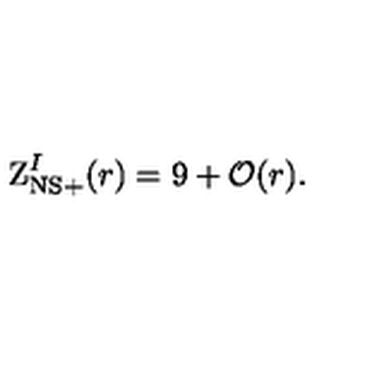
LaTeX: \mathrm { Z } _ { \mathrm { N S } + } ^ { I } ( r ) = 9 + { \cal O } ( r ) .